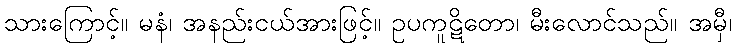
သားကြောင့်။ မနံ၊ အနည်းငယ်အားဖြင့်။ ဥပကူဋိတော၊ မီးလောင်သည်။ အမှီ၊